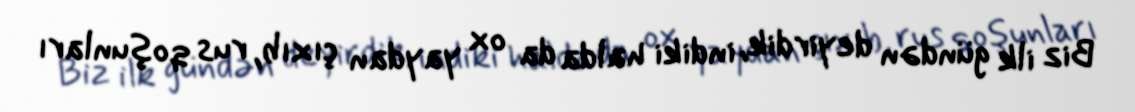
Biz ilk gündən deyirdik, indiki halda da ox yaydan çıxıb, rus qoşunları